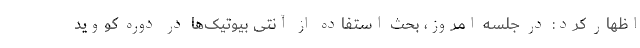
اظهار کرد: در جلسه امروز، بحث استفاده از آنتی بیوتیک‌ها در دوره کووید